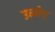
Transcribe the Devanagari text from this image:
उन्मेष्